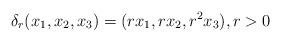
LaTeX: \begin{align*}\delta_r(x_1,x_2,x_3) = (rx_1,rx_2,r^2x_3), r>0\end{align*}